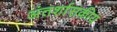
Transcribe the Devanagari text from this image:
अंतर्शासकीय